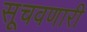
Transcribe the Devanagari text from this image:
सूचवणारी